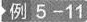
例5-11